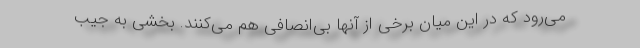
می‌رود که در این میان برخی از آنها بی‌انصافی هم می‌کنند. بخشی به جیب